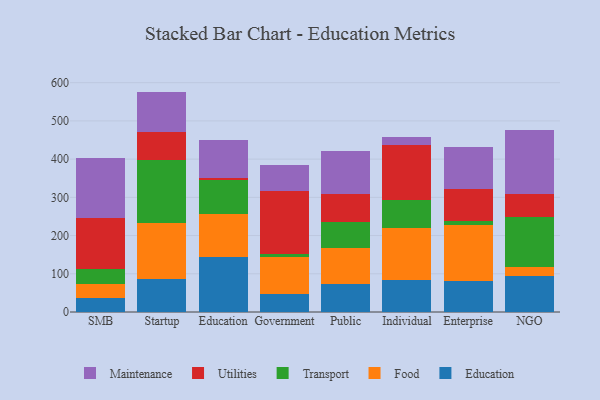
{"axis": {"x": "Segment", "y": "Tickets Resolved"}, "legend": ["Education", "Food", "Maintenance", "Transport", "Utilities"], "data": [{"x": "SMB", "y": 35.4, "type": "Education"}, {"x": "SMB", "y": 37.8, "type": "Food"}, {"x": "SMB", "y": 38.4, "type": "Transport"}, {"x": "SMB", "y": 135.1, "type": "Utilities"}, {"x": "SMB", "y": 156.3, "type": "Maintenance"}, {"x": "Startup", "y": 87.0, "type": "Education"}, {"x": "Startup", "y": 146.5, "type": "Food"}, {"x": "Startup", "y": 164.8, "type": "Transport"}, {"x": "Startup", "y": 71.4, "type": "Utilities"}, {"x": "Startup", "y": 106.9, "type": "Maintenance"}, {"x": "Education", "y": 142.9, "type": "Education"}, {"x": "Education", "y": 114.7, "type": "Food"}, {"x": "Education", "y": 86.7, "type": "Transport"}, {"x": "Education", "y": 6.1, "type": "Utilities"}, {"x": "Education", "y": 98.4, "type": "Maintenance"}, {"x": "Government", "y": 47.9, "type": "Education"}, {"x": "Government", "y": 96.4, "type": "Food"}, {"x": "Government", "y": 6.9, "type": "Transport"}, {"x": "Government", "y": 165.9, "type": "Utilities"}, {"x": "Government", "y": 66.8, "type": "Maintenance"}, {"x": "Public", "y": 72.3, "type": "Education"}, {"x": "Public", "y": 94.3, "type": "Food"}, {"x": "Public", "y": 69.4, "type": "Transport"}, {"x": "Public", "y": 72.2, "type": "Utilities"}, {"x": "Public", "y": 112.2, "type": "Maintenance"}, {"x": "Individual", "y": 82.7, "type": "Education"}, {"x": "Individual", "y": 137.1, "type": "Food"}, {"x": "Individual", "y": 73.3, "type": "Transport"}, {"x": "Individual", "y": 145.1, "type": "Utilities"}, {"x": "Individual", "y": 18.5, "type": "Maintenance"}, {"x": "Enterprise", "y": 82.1, "type": "Education"}, {"x": "Enterprise", "y": 146.0, "type": "Food"}, {"x": "Enterprise", "y": 10.6, "type": "Transport"}, {"x": "Enterprise", "y": 84.4, "type": "Utilities"}, {"x": "Enterprise", "y": 109.2, "type": "Maintenance"}, {"x": "NGO", "y": 95.5, "type": "Education"}, {"x": "NGO", "y": 22.9, "type": "Food"}, {"x": "NGO", "y": 129.1, "type": "Transport"}, {"x": "NGO", "y": 60.7, "type": "Utilities"}, {"x": "NGO", "y": 168.1, "type": "Maintenance"}]}